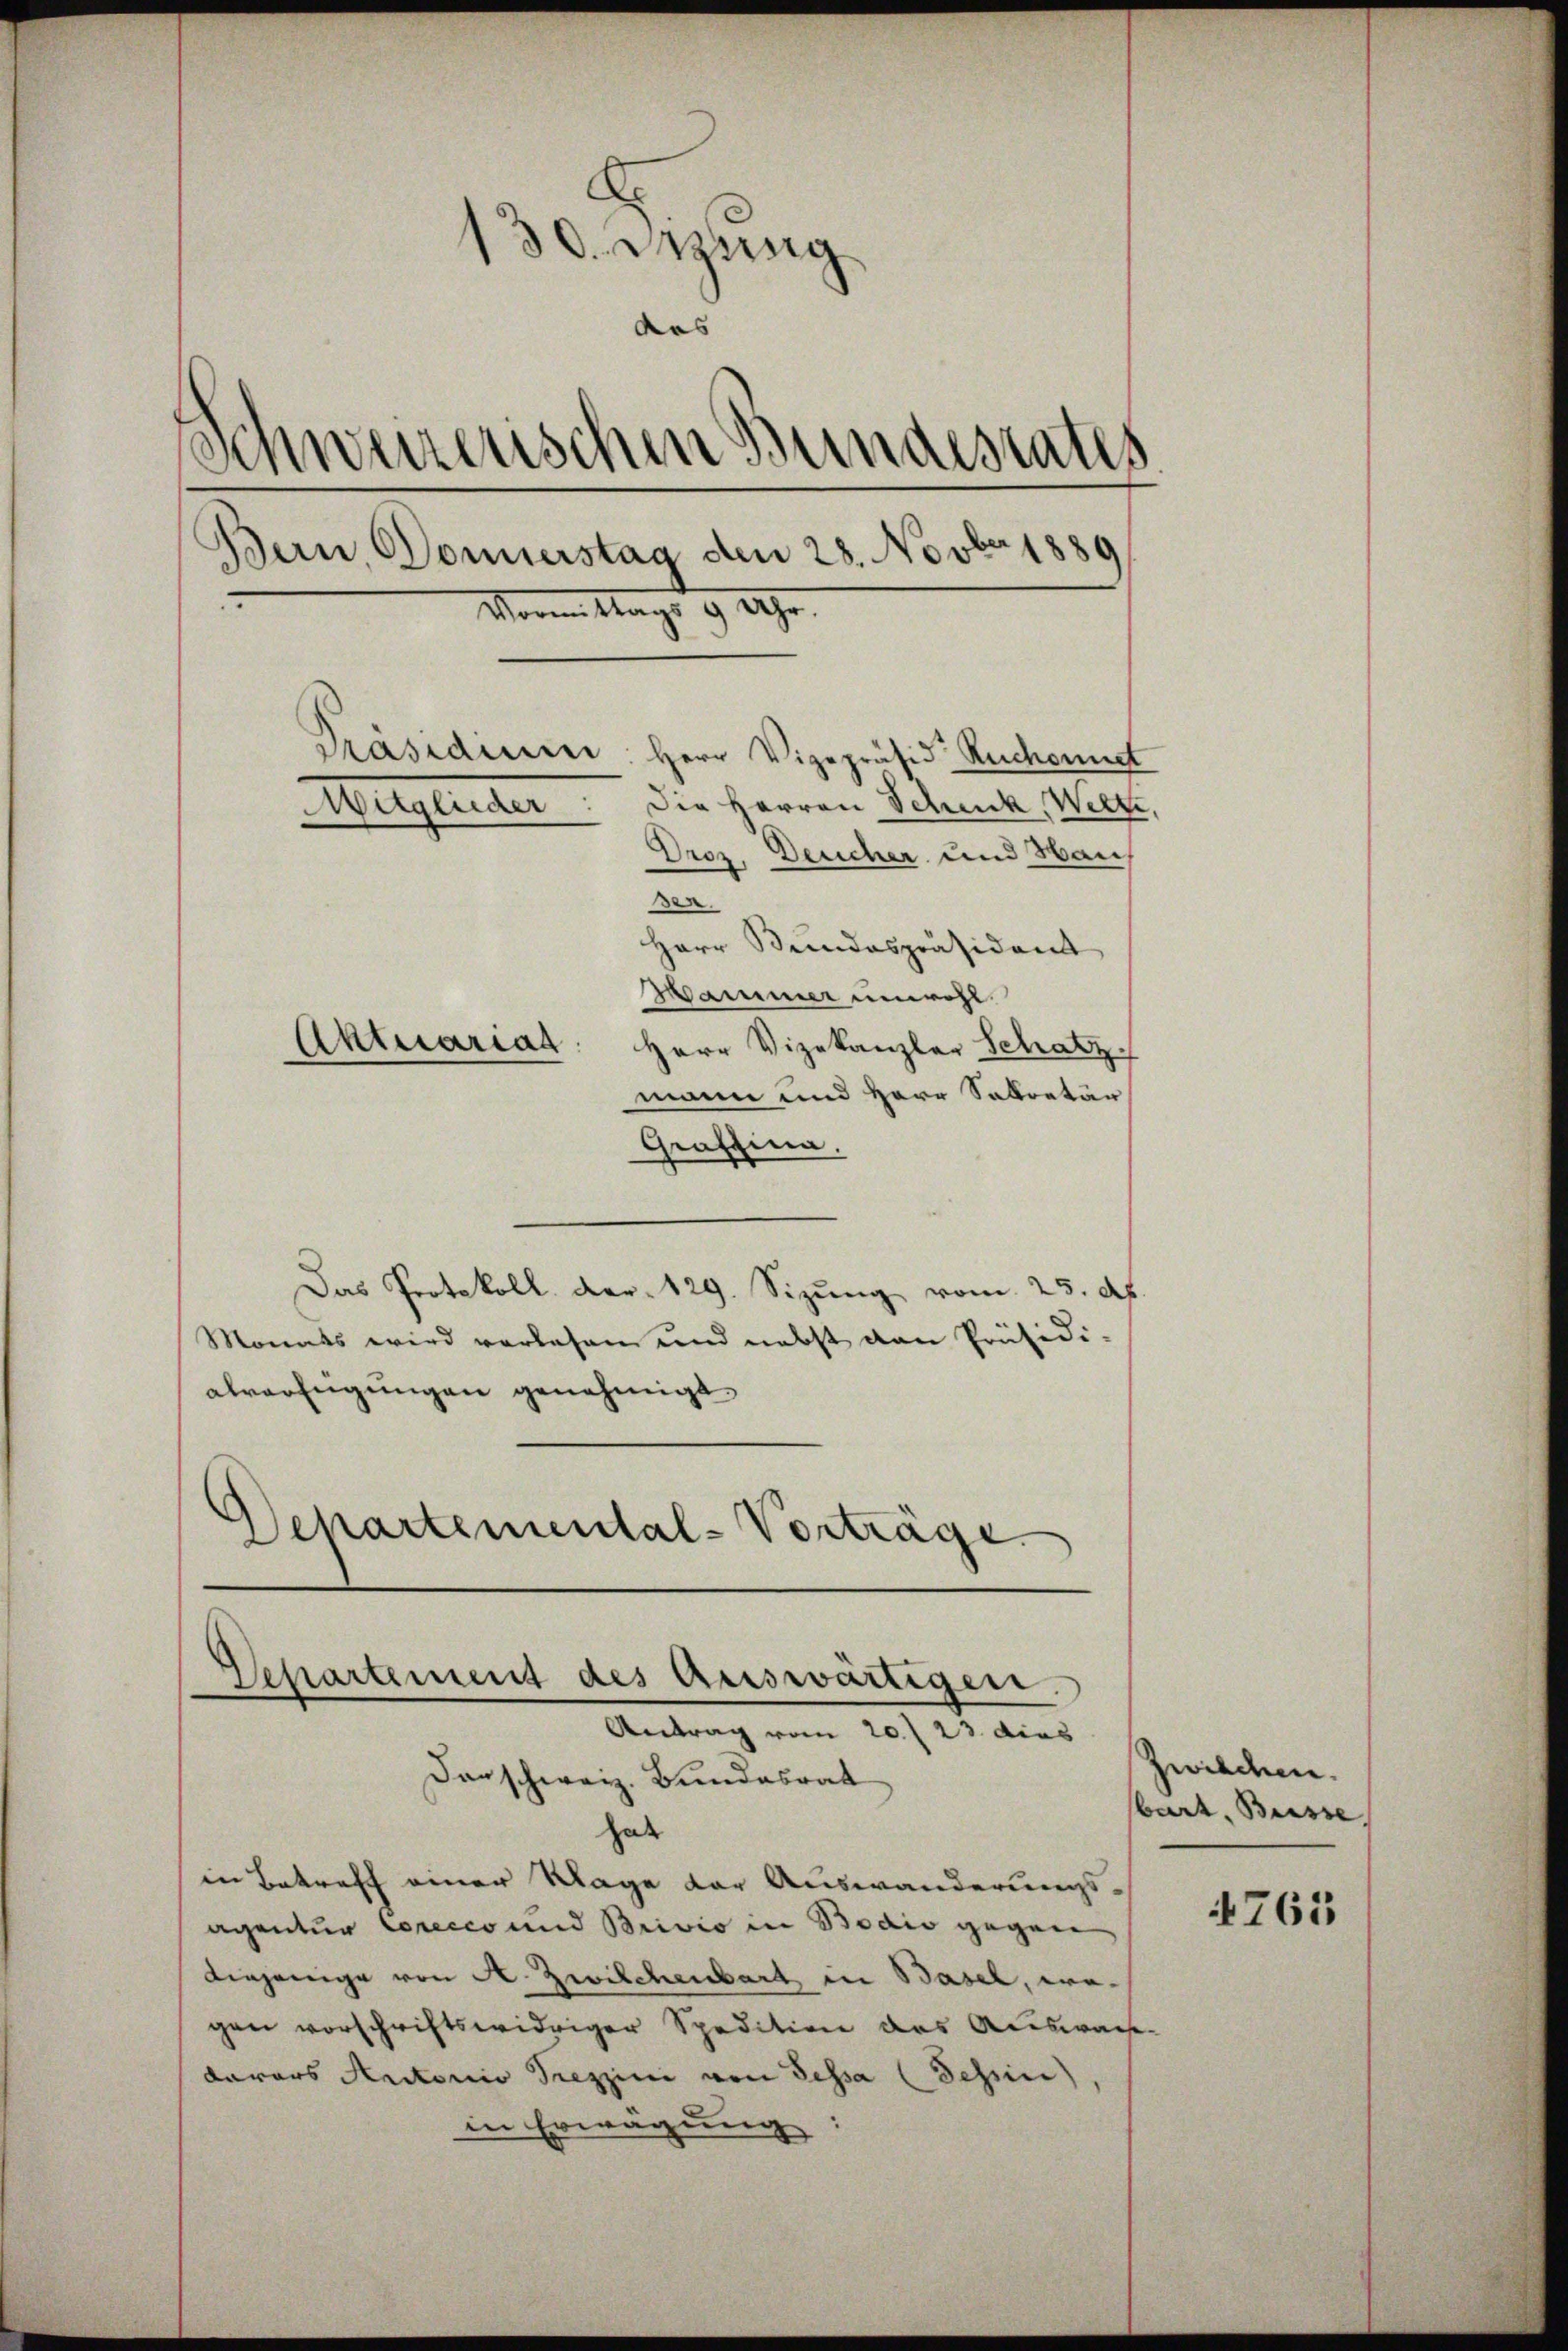
130. Dezung
das
de
¬
¬
derzenschen Bundesrates.
Bern, Donnerstag den 28. Novbr 1889
Wenn Mags 9 Uhr.
Präsidiuier: Herr Vizepräsid Ruchonnet
Die Herren Schuck, Welte.
Mitglieder
Droz. Deucher und Haus
den.
Herr Bundespräsident
Marmer unwohl.
Aktuariat
Herr Vizekanzler Schatz
mann und Herr Sekretär

Departement des Auswärtigen.
Antrag vom 20. 23. dies

Graffina.
Das Protokoll der 129. Sizŭng vom 25. d.
Monats wird vorlesen und nebst dan Präsidi-
alverfügungen genehmigt
Departemental-Vorträge.

darschweiz. Bundesrat
hat
in Betreff einer Klage der Auswanderungs-
agentur Corecco und Brivio in Bodio gegen
diejenige von A. Zwilchenbart in Basel, wogen vorschriftswidriger Spedition des Auswache.
davars Autoris Treppini von Sessa (Schin),
in Erwägung

zwischen.
bart, Busse,

4765